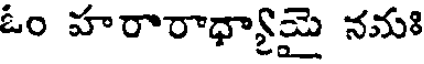
ఓం హరారాధ్యామై నమః